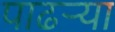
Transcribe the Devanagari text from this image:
पाढर्‍या